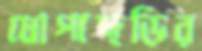
ধোপাছড়ির